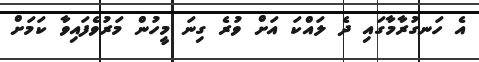
އެ ހަނގުރާމާގައި ދެ ލައްކަ އަށް ވުރެ ގިނަ މީހުން މަރުވެފައިވާ ކަމަށް